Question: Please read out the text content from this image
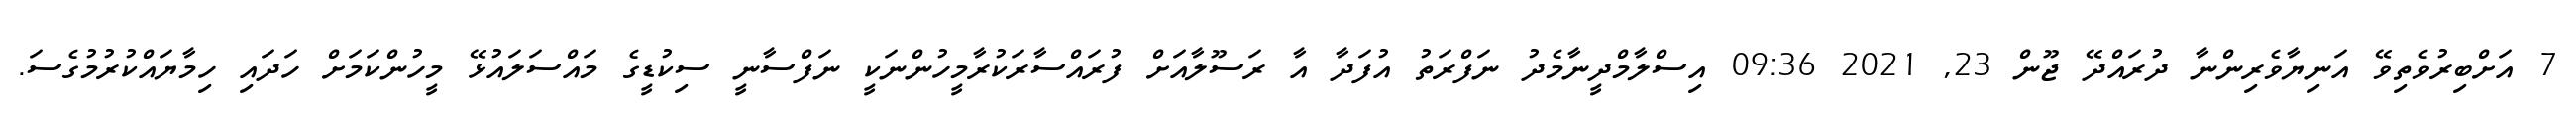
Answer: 7 އަށްބިރުވެތިވޭ އަނިޔާވެރިންނާ ދުރައްދޭ ޖޫން 23, 2021 09:36 އިސްލާމްދީނާމެދު ނަފްރަތު އުފަދާ އާ ރަސޫލާއަށް ފުރައްސާރަކުރާމީހުންނަކީ ނަފްސާނީ ސިކުޑީގެ މައްސަލައުޅޭ މީހުންކަމަށް ހަދައި ހިމާޔައްކުރުމުގެސަ.